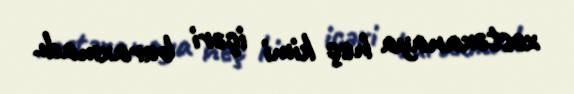
xəstəxanaya heç kimi içəri buraxmadı.